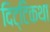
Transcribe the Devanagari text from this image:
दिट्टिकथा